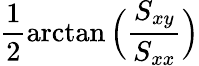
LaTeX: \frac 12\arctan\Big(\frac{S_{xy}}{S_{xx}}\Big)